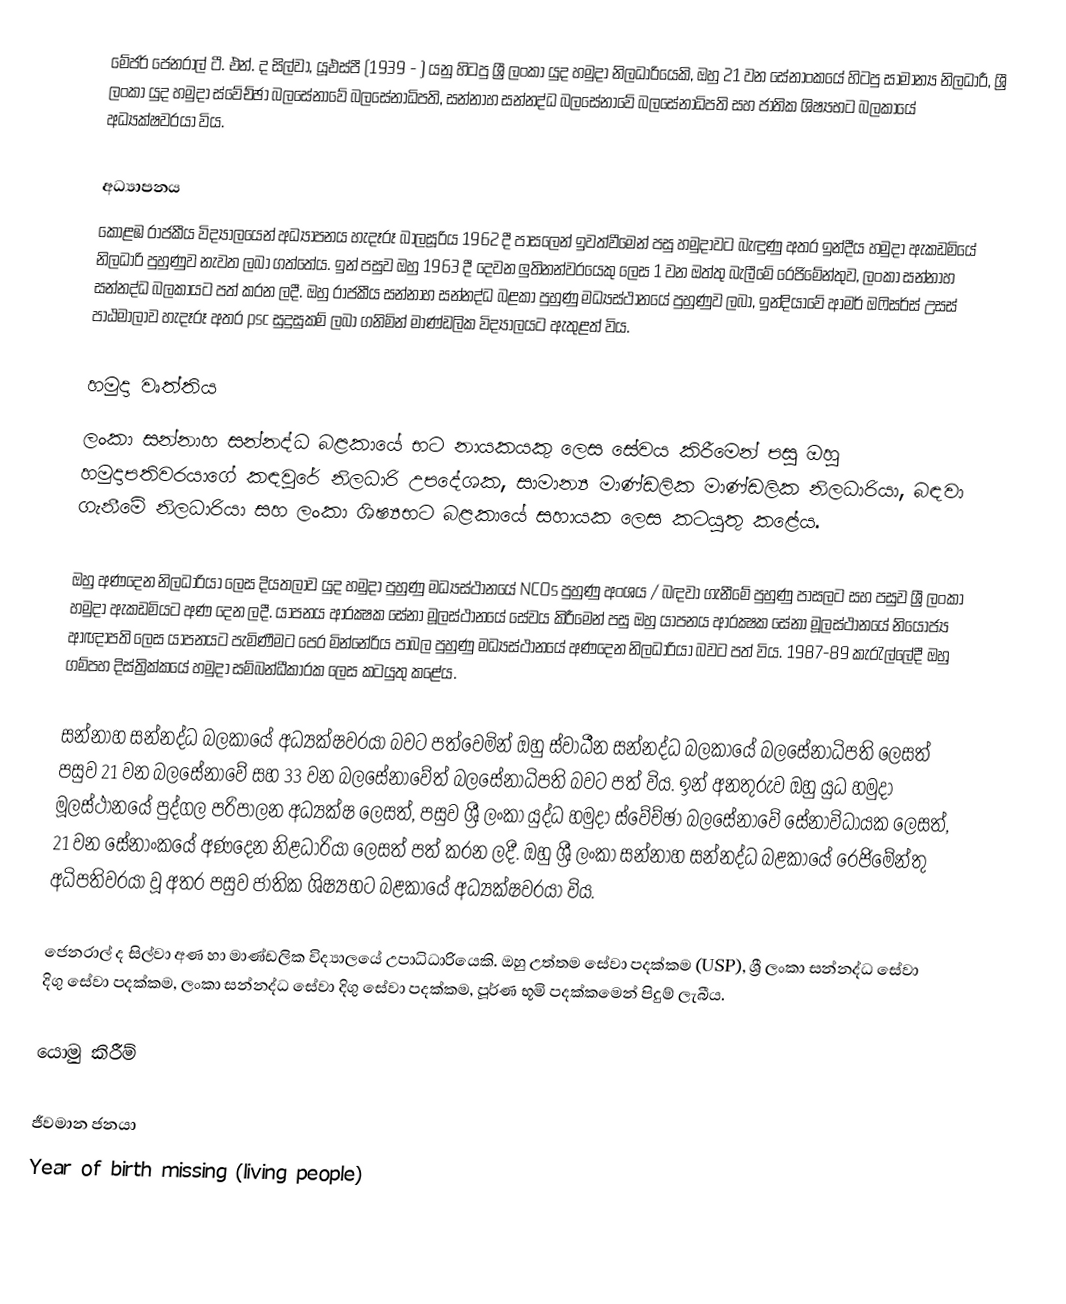
මේජර් ජෙනරාල් ටී. එන්. ද සිල්වා, යූඑස්පී (1939 - ) යනු හිටපු ශ්‍රී ලංකා යුද හමුදා නිලධාරියෙකි, ඔහු 21 වන සේනාංකයේ හිටපු සාමාන්‍ය නිලධාරී, ශ්‍රී ලංකා යුද හමුදා ස්වේච්ඡා බලසේනාවේ බලසේනාධිපති, සන්නාහ සන්නද්ධ බලසේනාවේ බලසේනාධිපති සහ ජාතික ශිෂ්‍යභට බලකායේ අධ්‍යක්ෂවරයා විය.

අධ්‍යාපනය
කොළඹ රාජකීය විද්‍යාලයෙන් අධ්‍යාපනය හැදෑරූ බාලසූරිය 1962 දී පාසලෙන් ඉවත්වීමෙන් පසු හමුදාවට බැඳුණු අතර ඉන්දීය හමුදා ඇකඩමියේ නිලධාරි පුහුණුව නැවත ලබා ගත්තේය. ඉන් පසුව ඔහු 1963 දී දෙවන ලුතිනන්වරයෙකු ලෙස 1 වන ඔත්තු බැලීමේ රෙජිමේන්තුව, ලංකා සන්නාහ සන්නද්ධ බලකායට පත් කරන ලදී. ඔහු රාජකීය සන්නාහ සන්නද්ධ බළකා පුහුණු මධ්‍යස්ථානයේ පුහුණුව ලබා, ඉන්දියාවේ ආමර් ඔෆිසර්ස් උසස් පාඨමාලාව හැදෑරූ අතර psc සුදුසුකම් ලබා ගනිමින් මාණ්ඩලික විද්‍යාලයට ඇතුළත් විය.

හමුදා වෘත්තිය
ලංකා සන්නාහ සන්නද්ධ බළකායේ භට නායකයකු ලෙස සේවය කිරීමෙන් පසු ඔහු හමුදාපතිවරයාගේ කඳවුරේ නිලධාරි උපදේශක, සාමාන්‍ය මාණ්ඩලික මාණ්ඩලික නිලධාරියා, බඳවා ගැනීමේ නිලධාරියා සහ ලංකා ශිෂ්‍යභට බළකායේ සහායක ලෙස කටයුතු කළේය.

ඔහු අණදෙන නිලධාරියා ලෙස දියතලාව යුද හමුදා පුහුණු මධ්‍යස්ථානයේ NCOs පුහුණු අංශය / බඳවා ගැනීමේ පුහුණු පාසලට සහ පසුව ශ්‍රී ලංකා හමුදා ඇකඩමියට අණ දෙන ලදී. යාපනය ආරක්‍ෂක සේනා මූලස්ථානයේ සේවය කිරීමෙන් පසු ඔහු යාපනය ආරක්‍ෂක සේනා මූලස්ථානයේ නියෝජ්‍ය ආඥාපති ලෙස යාපනයට පැමිණීමට පෙර මින්නේරිය පාබල පුහුණු මධ්‍යස්ථානයේ අණදෙන නිලධාරියා බවට පත් විය. 1987-89 කැරැල්ලේදී ඔහු ගම්පහ දිස්ත්‍රික්කයේ හමුදා සම්බන්ධීකාරක ලෙස කටයුතු කළේය.

සන්නාහ සන්නද්ධ බලකායේ අධ්‍යක්ෂවරයා බවට පත්වෙමින් ඔහු ස්වාධීන සන්නද්ධ බලකායේ බලසේනාධිපති ලෙසත් පසුව 21 වන බලසේනාවේ සහ 33 වන බලසේනාවේත් බලසේනාධිපති බවට පත් විය. ඉන් අනතුරුව ඔහු යුධ හමුදා මූලස්ථානයේ පුද්ගල පරිපාලන අධ්‍යක්ෂ ලෙසත්, පසුව ශ්‍රී ලංකා යුද්ධ හමුදා ස්වේච්ඡා බලසේනාවේ සේනාවිධායක ලෙසත්, 21 වන සේනාංකයේ අණදෙන නිළධාරියා ලෙසත් පත් කරන ලදී. ඔහු ශ්‍රී ලංකා සන්නාහ සන්නද්ධ බළකායේ රෙජිමේන්තු අධිපතිවරයා වූ අතර පසුව ජාතික ශිෂ්‍යභට බළකායේ අධ්‍යක්ෂවරයා විය.

ජෙනරාල් ද සිල්වා අණ හා මාණ්ඩලික විද්‍යාලයේ උපාධිධාරියෙකි. ඔහු උත්තම සේවා පදක්කම (USP), ශ්‍රී ලංකා සන්නද්ධ සේවා දිගු සේවා පදක්කම, ලංකා සන්නද්ධ සේවා දිගු සේවා පදක්කම, පූර්ණ භූමි පදක්කමෙන් පිදුම් ලැබීය.

යොමු කිරීම්

ජීවමාන ජනයා
Year of birth missing (living people)